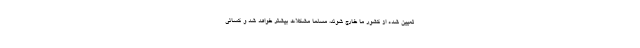
تعیین شده از کشور ما خارج شوند، مسلما مشکلات بیشتر خواهد شد و کسانی